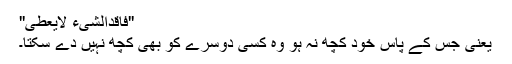
''فَاقِدُالشَّیء لایُعطِی''
یعنی جس کے پاس خود کچھ نہ ہو وہ کسی دوسرے کو بھی کچھ نہیں دے سکتا۔